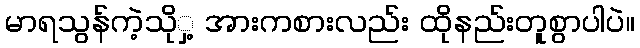
မာရသွန်ကဲ့သိုှ့ အားကစားလည်း ထိုနည်းတူစွာပါပဲ။